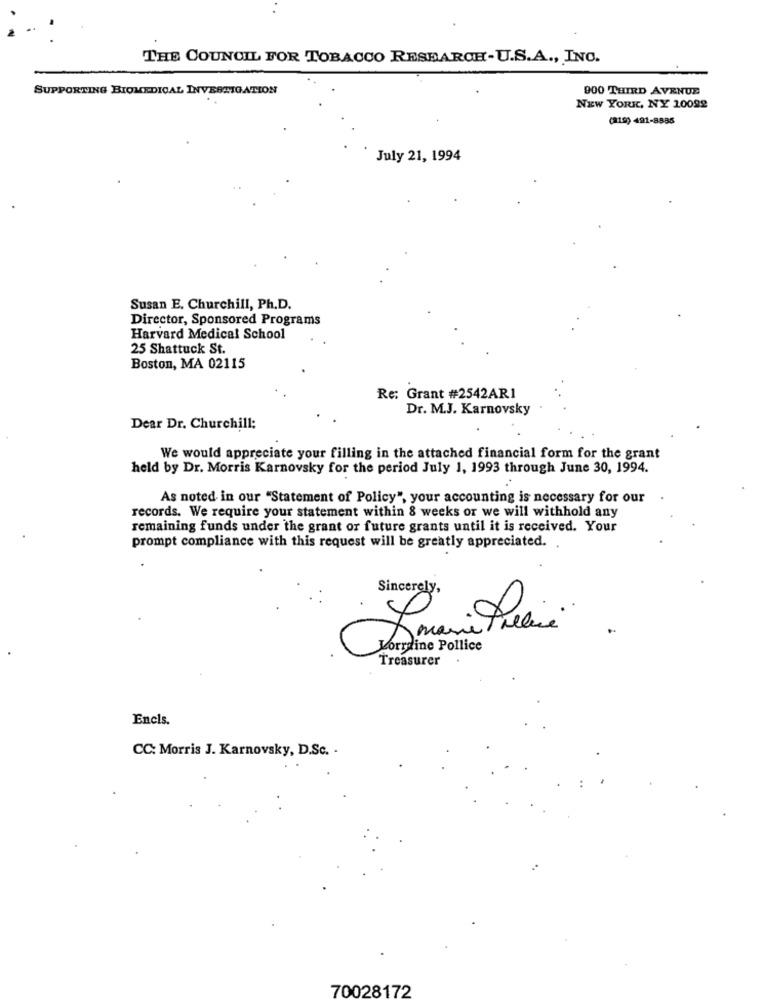
THE COUNCIL FOR TOBACCO RESEARCH-U.S.A ., INC.
SUPPORTING BIOMEDICAL INVESTIGATION
900 THIRD AVENUE
NEW YORK, NY 10092
(819) 491-8885
July 21, 1994
Susan E. Churchill, Ph.D.
Director, Sponsored Programs
Harvard Medical School
25 Shattuck St.
Boston, MA 02115
Re: Grant #2542ARI
Dr. M.J. Karnovsky
Dear Dr. Churchill:
We would appreciate your filling in the attached financial form for the grant
held by Dr. Morris Karnovsky for the period July 1, 1993 through June 30, 1994.
As noted in our "Statement of Policy", your accounting is necessary for our
records. We require your statement within 8 weeks or we will withhold any
remaining funds under the grant or future grants until it is received. Your
prompt compliance with this request will be greatly appreciated.
Sincerely,
Somami Praliné
Lorraine Pollice
Treasurer
Encls.
CC: Morris J. Karnovsky, D.Sc. .
70028172